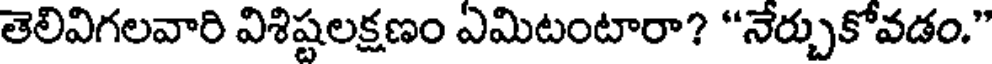
తెలివిగలవారి విశిష్టలక్షణం ఏమిటంటారా? "నేర్చుకోవడం."